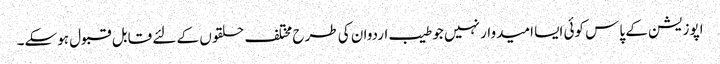
اپوزیشن کے پاس کوئی ایسا امیدوار نہیں جو طیب اردوان کی طرح مختلف حلقوں کے لئے قابل قبول ہوسکے۔